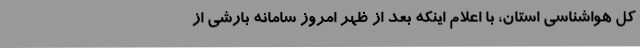
کل هواشناسی استان، با اعلام اینکه بعد از ظهر امروز سامانه بارشی از